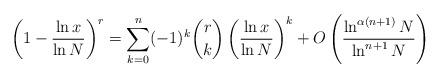
LaTeX: \begin{align*}\left(1 - \frac{\ln x}{\ln N}\right)^r = \sum_{k=0}^n (-1)^k \binom{r}{k} \left(\frac{\ln x}{\ln N}\right)^k+ O\left(\frac{\ln^{\alpha(n+1)} N}{\ln^{n+1} N}\right)\end{align*}